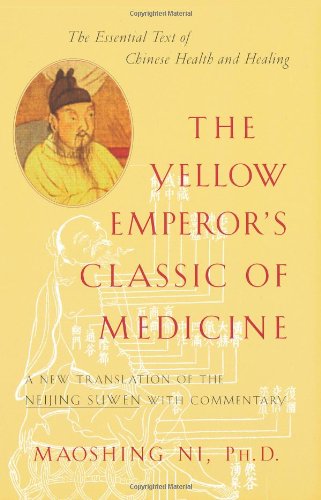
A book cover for The Yellow Emperor's Classic of Medicine: A New Translation of the Neijing Suwen with Commentary; Maoshing Ni; Health, Fitness & Dieting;